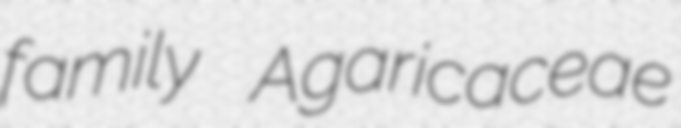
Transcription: family Agaricaceae